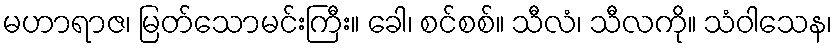
မဟာရာဇ၊ မြတ်သောမင်းကြီး။ ခေါ၊ စင်စစ်။ သီလံ၊ သီလကို။ သံဝါသေန၊